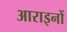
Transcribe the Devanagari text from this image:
आराइनों